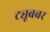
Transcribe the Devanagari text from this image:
ट्यूबवर